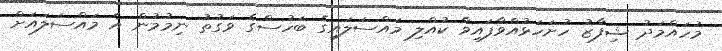
މުހައްމަދު ޝިފާޒު ހުށަހަޅުއްވާފައިވާ ކުއްލި މައްސަލައިގެ ބަހުސްގެ ވަގުތު ނިމުމުން އެ މައްސަލައަށް